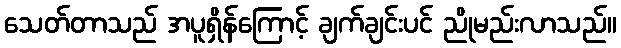
သေတ်တာသည် အပူရှိန်ကြောင့် ချက်ချင်းပင် ညိုမည်းလာသည်။